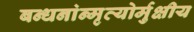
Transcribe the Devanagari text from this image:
बन्धनांन्मृत्योर्मुक्षीय